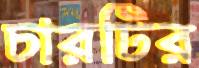
চারটির